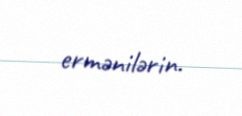
ermənilərin.